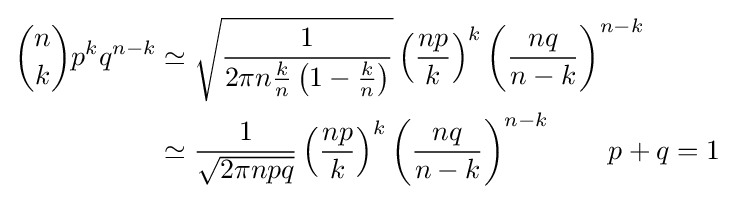
{\begin{aligned}{n \choose k}p^{k}q^{n-k}&\simeq {\sqrt {\frac {1}{2\pi n{\frac {k}{n}}\left(1-{\frac {k}{n}}\right)}}}\left({\frac {np}{k}}\right)^{k}\left({\frac {nq}{n-k}}\right)^{n-k}\\&\simeq {\frac {1}{\sqrt {2\pi npq}}}\left({\frac {np}{k}}\right)^{k}\left({\frac {nq}{n-k}}\right)^{n-k}\qquad p+q=1\\\end{aligned}}